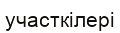
участкілері